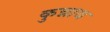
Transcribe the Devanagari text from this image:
कुन्नाथ